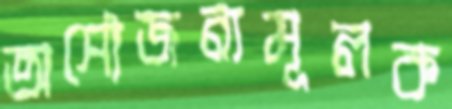
অসৌজন্যমূলক